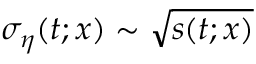
\sigma _ { \eta } ( t ; x ) \sim \sqrt { s ( t ; x ) }